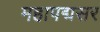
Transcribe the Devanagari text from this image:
महापद्मसर